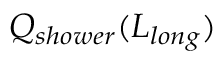
Q _ { s h o w e r } ( L _ { l o n g } )